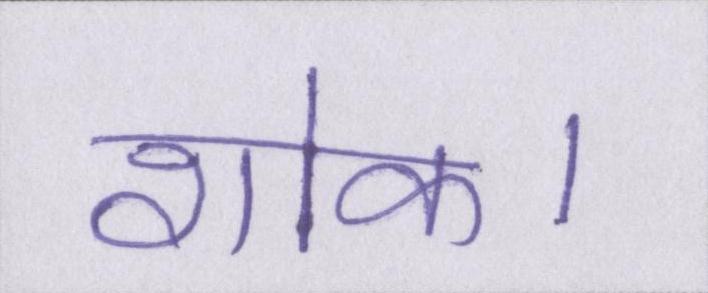
शोक।